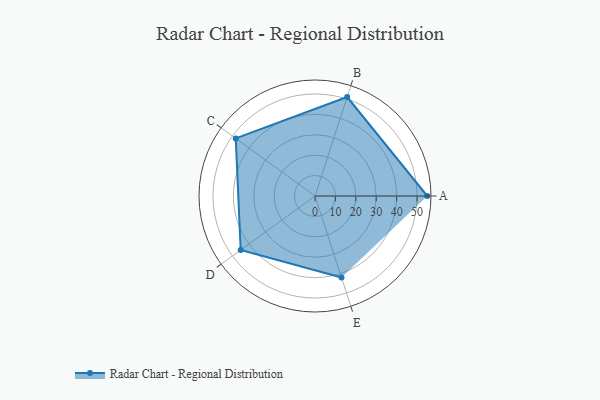
{"axis": {"x": "Skill", "y": "Score"}, "legend": ["Profile"], "data": [{"x": "A", "y": 55.0, "type": "Profile"}, {"x": "B", "y": 51.0, "type": "Profile"}, {"x": "C", "y": 48.0, "type": "Profile"}, {"x": "D", "y": 45.0, "type": "Profile"}, {"x": "E", "y": 42.0, "type": "Profile"}]}